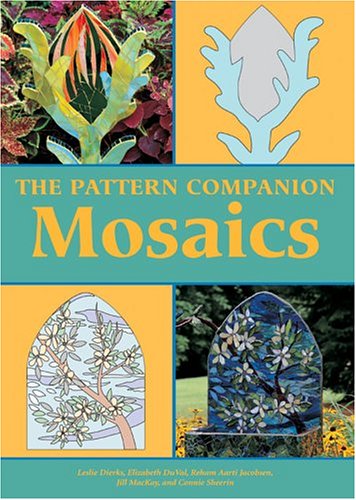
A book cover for The Pattern Companion: Mosaics; Leslie Dierks; Crafts, Hobbies & Home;